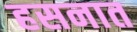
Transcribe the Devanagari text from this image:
हसनात